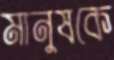
মানুষকে